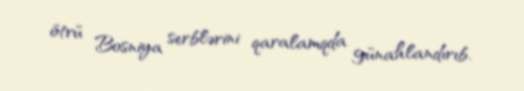
ötrü Bosniya serblərini qaralamqda günahlandırıb.